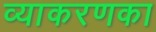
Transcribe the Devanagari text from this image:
व्याकरणका